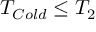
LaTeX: T _ { C o l d } \leq T _ { 2 }